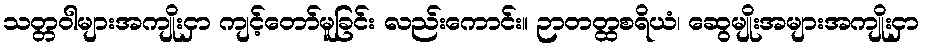
သတ္တဝါများအကျိုးငှာ ကျင့်တော်မူခြင်း လည်းကောင်း။ ဉာတတ္ထစရိယံ၊ ဆွေမျိုးအများအကျိုးငှာ